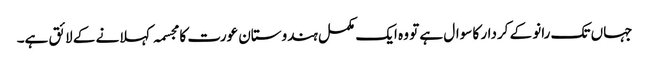
جہاں تک رانو کے کردار کا سوال ہے تو وہ ایک مکمل ہندوستان عورت کا مجسمہ کہلانے کے لائق ہے۔